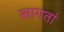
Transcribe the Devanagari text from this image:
लागतां